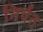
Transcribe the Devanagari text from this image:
निर्वंत